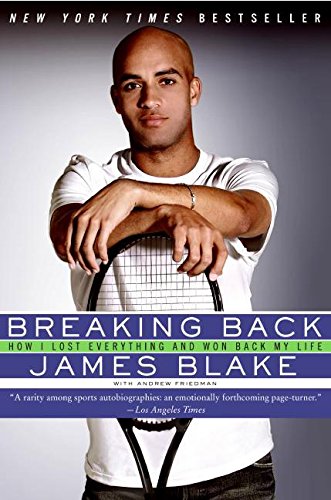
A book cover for Breaking Back: How I Lost Everything and Won Back My Life; James Blake; Sports & Outdoors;